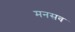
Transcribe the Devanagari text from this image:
मनसव